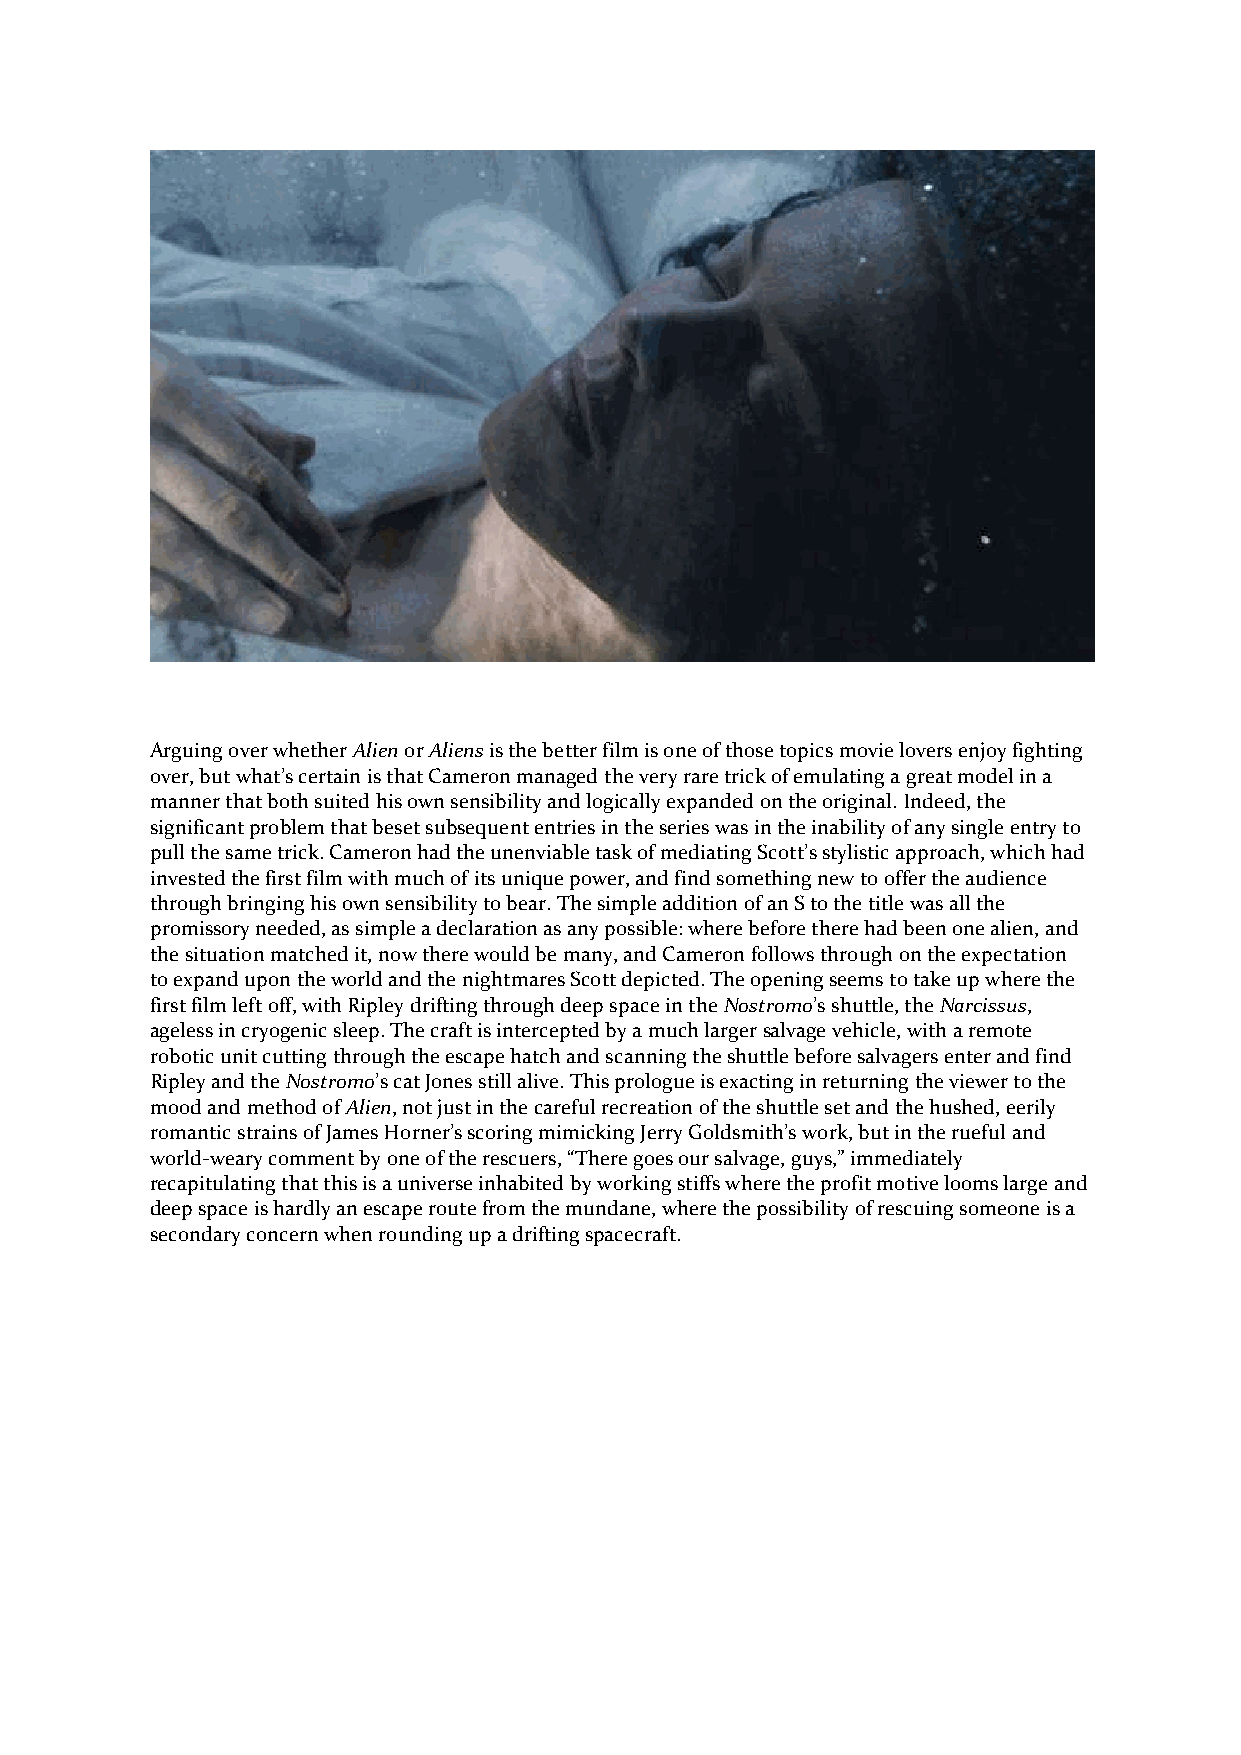
Arguing over whether Alien or Aliens is the better film is one of those topics movie lovers enjoy fighting
 over, but what’s certain is that Cameron managed the very rare trick of emulating a great model in a
 manner that both suited his own sensibility and logically expanded on the original. Indeed, the
 significant problem that beset subsequent entries in the series was in the inability of any single entry to
 pull the same trick. Cameron had the unenviable task of mediating Scott’s stylistic approach, which had
 invested the first film with much of its unique power, and find something new to offer the audience
 through bringing his own sensibility to bear. The simple addition of an S to the title was all the
 promissory needed, as simple a declaration as any possible: where before there had been one alien, and
 the situation matched it, now there would be many, and Cameron follows through on the expectation
 to expand upon the world and the nightmares Scott depicted. The opening seems to take up where the
 first film left off, with Ripley drifting through deep space in the Nostromo’s shuttle, the Narcissus,
 ageless in cryogenic sleep. The craft is intercepted by a much larger salvage vehicle, with a remote
 robotic unit cutting through the escape hatch and scanning the shuttle before salvagers enter and find
 Ripley and the Nostromo’s cat Jones still alive. This prologue is exacting in returning the viewer to the
 mood and method of Alien, not just in the careful recreation of the shuttle set and the hushed, eerily
 romantic strains of James Horner’s scoring mimicking Jerry Goldsmith’s work, but in the rueful and
 world-weary comment by one of the rescuers, “There goes our salvage, guys,” immediately
 recapitulating that this is a universe inhabited by working stiffs where the profit motive looms large and
 deep space is hardly an escape route from the mundane, where the possibility of rescuing someone is a
 secondary concern when rounding up a drifting spacecraft.